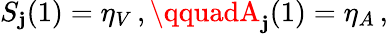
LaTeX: S_{\mathbf{j}}(1)=\eta_{V}\, ,\qquadA_{\mathbf{j}}(1)=\eta_{A}\, ,